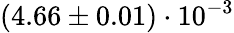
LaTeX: (4.66\pm 0.01)\cdot 10^{-3}